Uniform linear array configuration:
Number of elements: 64
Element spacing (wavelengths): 0.25
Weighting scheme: hamming
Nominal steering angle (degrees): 60
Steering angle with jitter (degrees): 61.495
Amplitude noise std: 0.05
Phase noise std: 0.05

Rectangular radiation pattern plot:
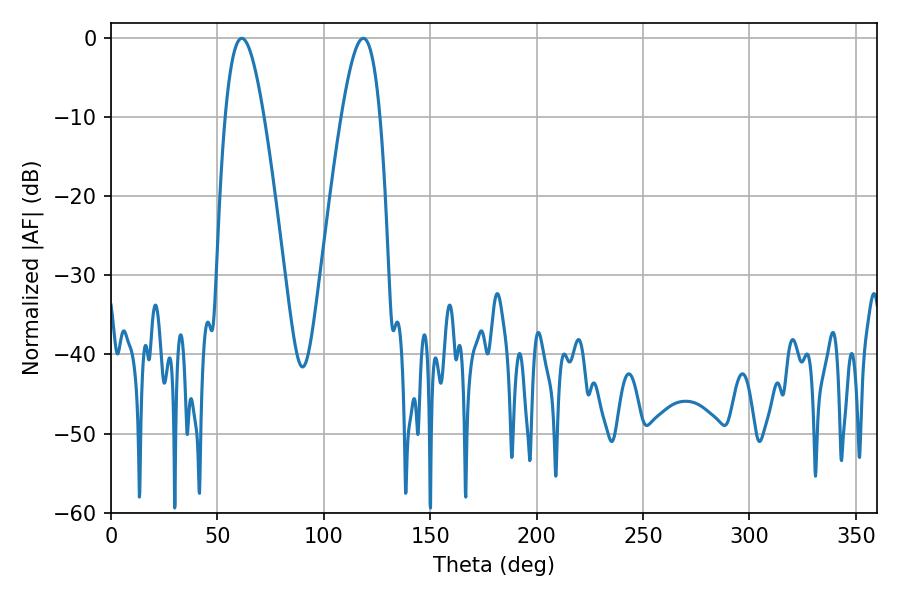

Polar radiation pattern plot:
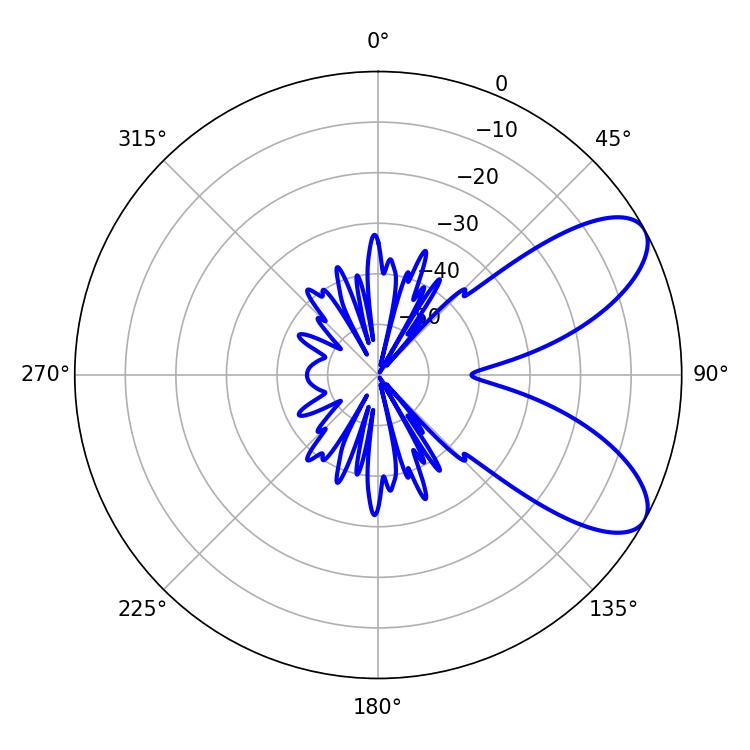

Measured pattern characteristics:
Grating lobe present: FALSE
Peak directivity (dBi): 7.827
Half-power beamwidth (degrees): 9.9
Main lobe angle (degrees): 61.38